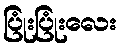
ပြုံးပြုံးလေး